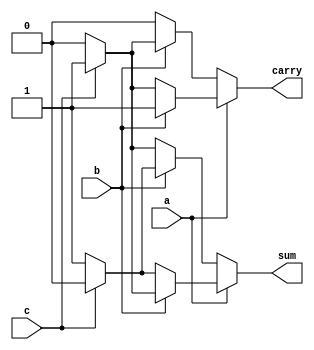
module FA(input a,b, input c, output sum,output carry);
  
  assign sum = a?(b?(c?1:0):(c?0:1)):(b?(c?0:1):(c?1:0));
  assign carry = a?(b?(c?1:1):(c?1:0)):(b?(c?1:0):(c?0:0));
endmodule